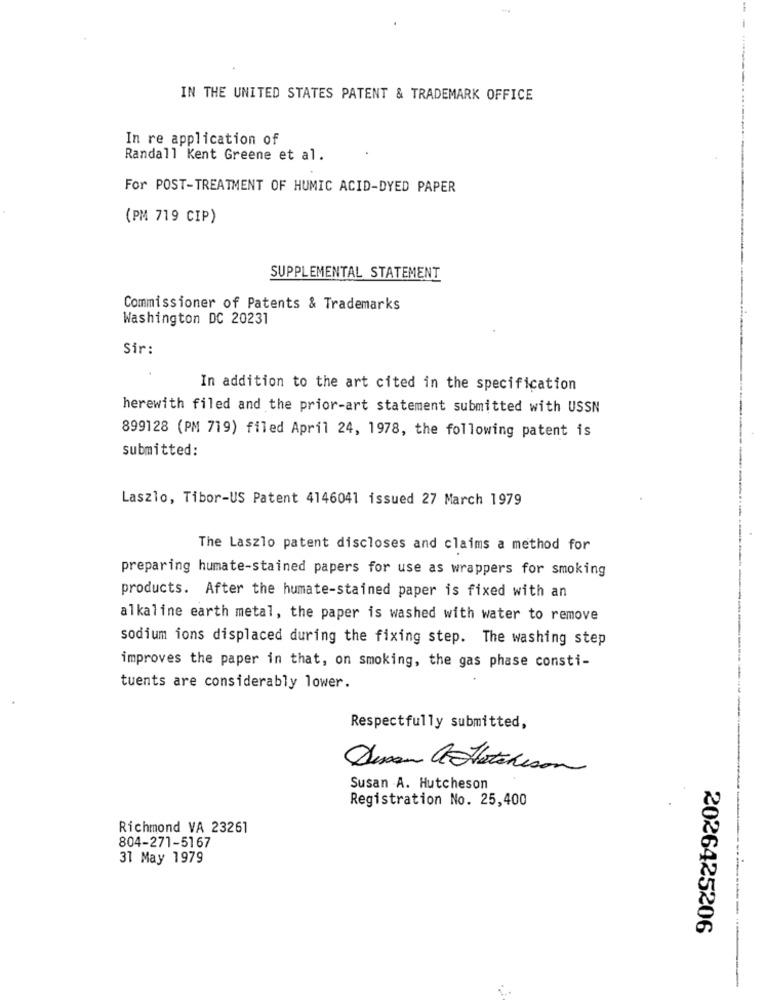
IN THE UNITED STATES PATENT & TRADEMARK OFFICE
In re application of
Randall Kent Greene et al.
For POST-TREATMENT OF HUMIC ACID-DYED PAPER
(PM 719 CIP)
SUPPLEMENTAL STATEMENT
Commissioner of Patents & Trademarks
Washington DC 20231
Sir:
In addition to the art cited in the specification
herewith filed and the prior-art statement submitted with USSN
899128 (PM 719) filed April 24, 1978, the following patent is
submitted:
Laszlo, Tibor-US Patent 4146041 issued 27 March 1979
The Laszlo patent discloses and claims a method for
preparing humate-stained papers for use as wrappers for smoking
products. After the humate-stained paper is fixed with an
alkaline earth metal, the paper is washed with water to remove
sodium ions displaced during the fixing step. The washing step
improves the paper in that, on smoking, the gas phase consti-
tuents are considerably lower.
Respectfully submitted,
Susan A. Hutcheson
Registration No. 25,400
Richmond VA 23261
804-271-5167
31 May 1979
2026425206